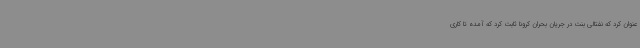
عنوان کرد که نفتالی بنت در جریان بحران کرونا ثابت کرد که آمده تا کاری